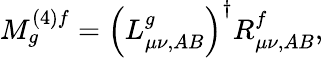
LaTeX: M_{g}^{(4)f}={\left(L_{\mu\nu,AB}^{g}\right)}^{\dagger}R_{\mu\nu,AB}^{f},